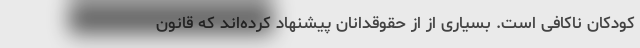
کودکان ناکافی است. بسیاری از از حقوقدانان پیشنهاد کرده‌اند که قانون